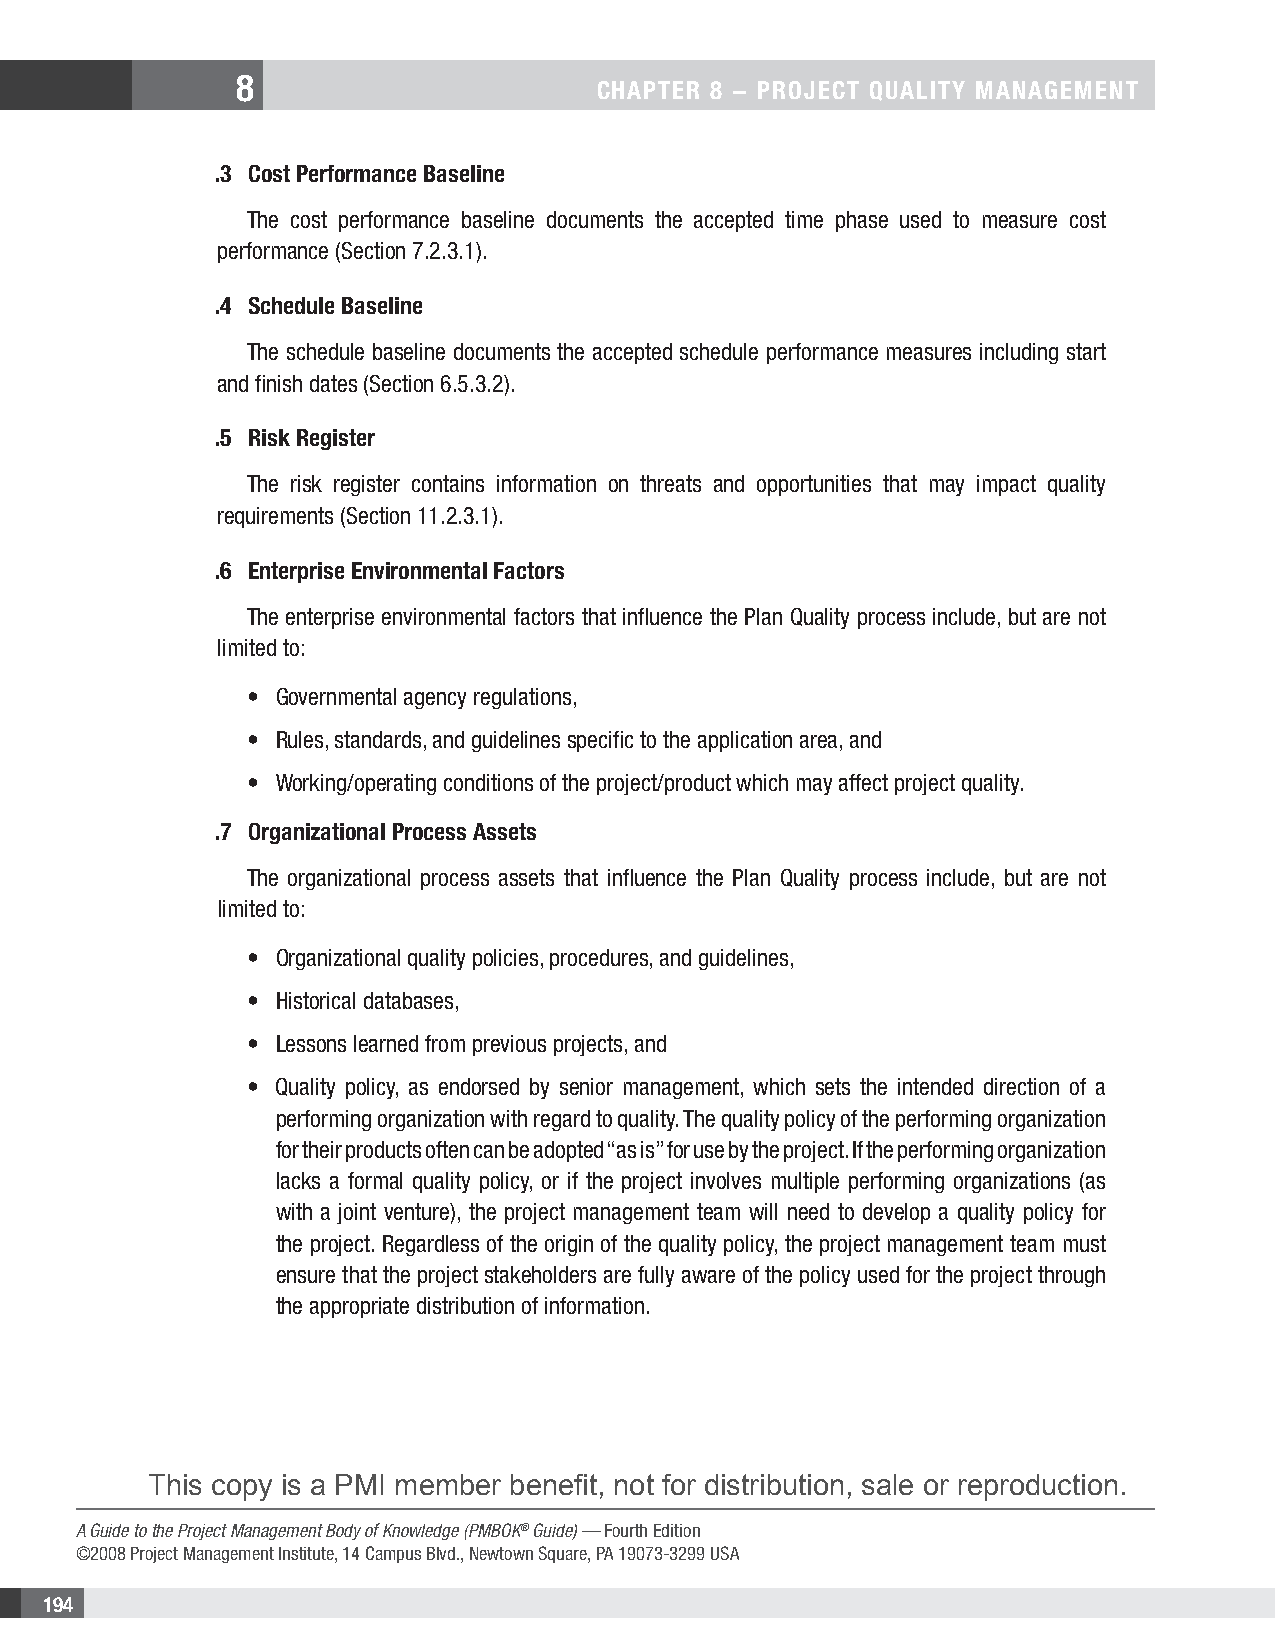
8
 CHAPTER 8 − PRojECT QuAliTy MAnAgEMEnT
 .3 Cost Performance Baseline
 The cost performance baseline documents the accepted time phase used to measure cost
 performance (Section 7.2.3.1).
 .4 Schedule Baseline
 The schedule baseline documents the accepted schedule performance measures including start
 and finish dates (Section 6.5.3.2).
 .5 Risk Register
 The risk register contains information on threats and opportunities that may impact quality
 requirements (Section 11.2.3.1).
 .6 Enterprise Environmental Factors
 The enterprise environmental factors that influence the Plan Quality process include, but are not
 limited to:
 • Governmental agency regulations,
 • Rules, standards, and guidelines specific to the application area, and
 • Working/operating conditions of the project/product which may affect project quality.
 .7 organizational Process Assets
 The organizational process assets that influence the Plan Quality process include, but are not
 limited to:
 • Organizational quality policies, procedures, and guidelines,
 • Historical databases,
 • Lessons learned from previous projects, and
 • Quality policy, as endorsed by senior management, which sets the intended direction of a
 performing organization with regard to quality. The quality policy of the performing organization
 for their products often can be adopted “as is” for use by the project. If the performing organization
 lacks a formal quality policy, or if the project involves multiple performing organizations (as
 with a joint venture), the project management team will need to develop a quality policy for
 the project. Regardless of the origin of the quality policy, the project management team must
 ensure that the project stakeholders are fully aware of the policy used for the project through
 the appropriate distribution of information.
 This copy is a PMI member benefit, not for distribution, sale or reproduction.
 A Guide to the Project Management Body of Knowledge (PMBOK® Guide) — Fourth Edition
 ©2008 Project Management Institute, 14 Campus Blvd., Newtown Square, PA 19073-3299 USA
 194